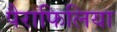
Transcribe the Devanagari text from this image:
पैराफिलिया